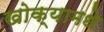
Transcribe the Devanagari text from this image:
खोक्यामधे